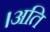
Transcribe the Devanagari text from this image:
।अति